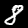
Label: 8